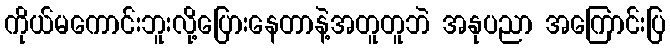
ကိုယ်မကောင်းဘူးလို့ပြေားနေတာနဲ့အတူတူဘဲ အနုပညာ အကြောင်းပြ